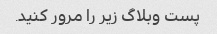
پست وبلاگ زیر را مرور کنید.